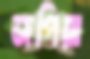
জপিয়া